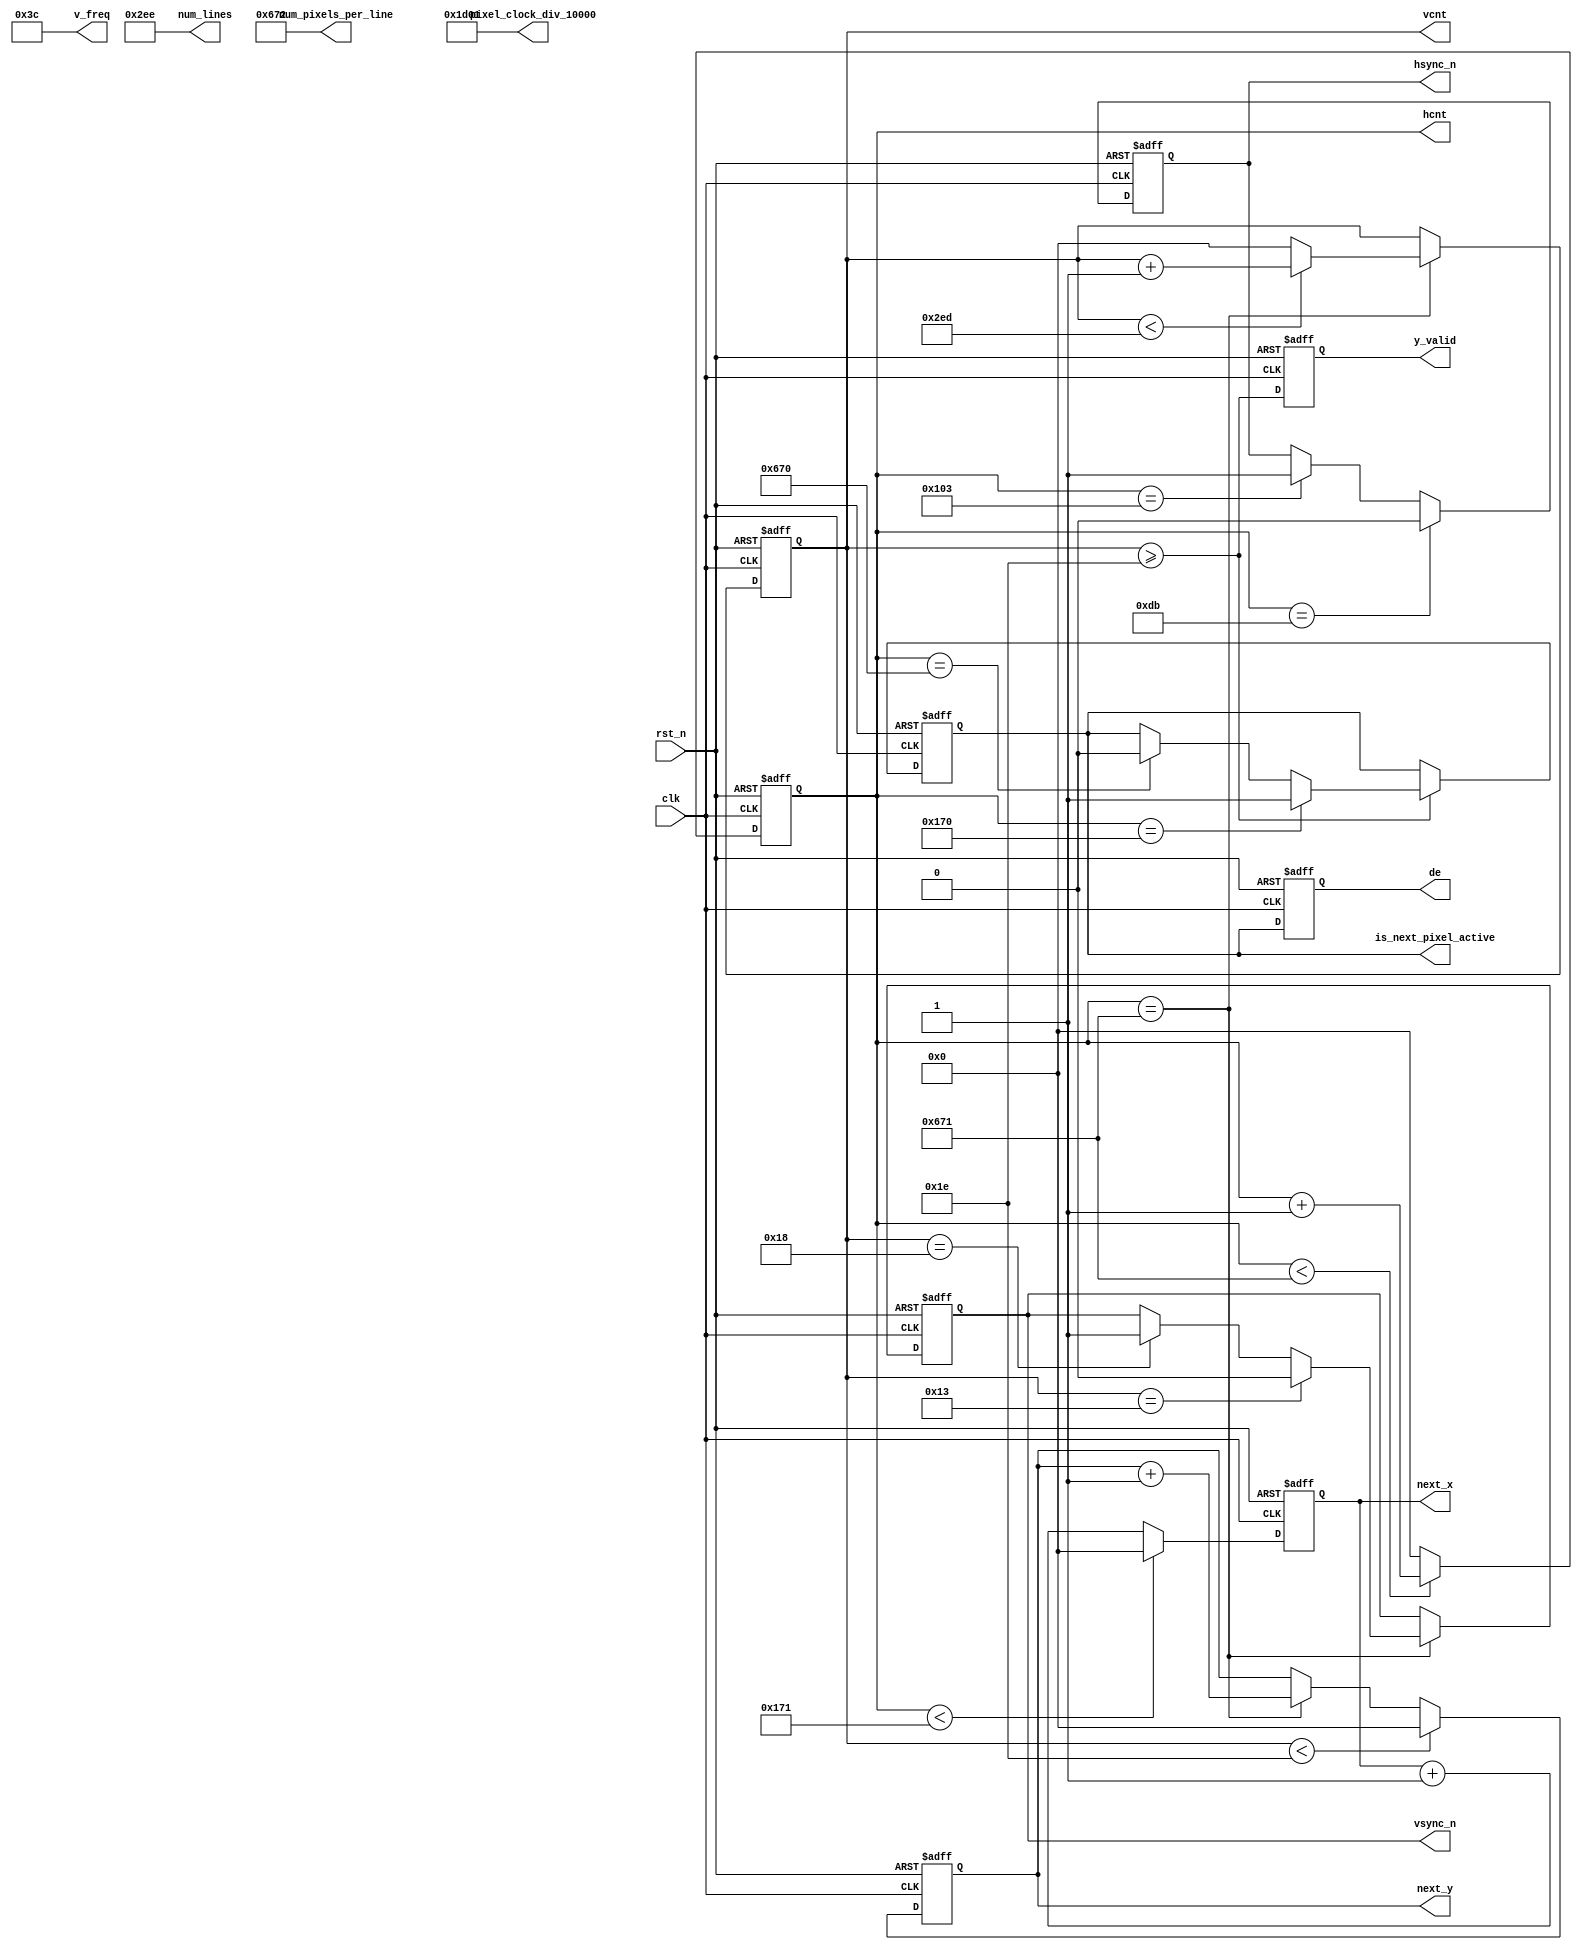
module video_ctrl(
	input        rst_n,
	input        clk,
	output reg   hsync_n,
	output reg   vsync_n,
	output reg   de,
	output reg   is_next_pixel_active,
	output reg   y_valid,
	output reg [12:0] next_x,
	output reg [12:0] next_y,
	output reg [12:0] hcnt,
	output reg [12:0] vcnt,

	output [15:0] pixel_clock_div_10000,
	output [15:0] v_freq,
	output [15:0] num_pixels_per_line,
	output [15:0] num_lines
);
`ifdef RES_1080p
//Horizontal timing constants
parameter H_FRONT		= 'd148;
parameter H_SYNC        = 'd44;
parameter H_BACK        = 'd88;
parameter H_ACT         = 'd1920;
parameter H_BLANK_END   =  H_FRONT+H_SYNC+H_BACK;
parameter H_PERIOD      =  H_FRONT+H_SYNC+H_BACK+H_ACT;
//Vertical timing constants
parameter V_FRONT       =  'd15;//'d36; 
parameter V_SYNC        =  'd5;
parameter V_BACK        = 'd2; //'d4
parameter V_ACT         = 'd1080;
parameter V_BLANK_END   =  V_FRONT+V_SYNC+V_BACK;
parameter V_PERIOD      =  V_FRONT+V_SYNC+V_BACK+V_ACT;
//parameter PIXEL_CLOCK   = 74250000;
assign pixel_clock_div_10000 = v_freq * num_pixels_per_line * num_lines / 10000;
assign v_freq = 60;
assign num_pixels_per_line = H_PERIOD;
assign num_lines = V_PERIOD;

`else
//Horizontal timing constants
parameter H_FRONT		= 'd220;
parameter H_SYNC        = 'd40;
parameter H_BACK        = 'd110;
parameter H_ACT         = 'd1280;
parameter H_BLANK_END   =  H_FRONT+H_SYNC+H_BACK;
parameter H_PERIOD      =  H_FRONT+H_SYNC+H_BACK+H_ACT;
//Vertical timing constants
parameter V_FRONT       = 'd20;
parameter V_SYNC        = 'd5;
parameter V_BACK        = 'd5;
parameter V_ACT         = 'd720;
parameter V_BLANK_END   =  V_FRONT+V_SYNC+V_BACK;
parameter V_PERIOD      =  V_FRONT+V_SYNC+V_BACK+V_ACT;
//parameter PIXEL_CLOCK   = 74250000;
assign pixel_clock_div_10000 = v_freq * num_pixels_per_line * num_lines / 10000;
assign v_freq = 60;
assign num_pixels_per_line = H_PERIOD;
assign num_lines = V_PERIOD;
`endif



//hsync_n
always @ (posedge clk or negedge rst_n)
begin
	if(!rst_n)
	begin
		hcnt <= 0;
		hsync_n <= 1;
	end
	else
	begin
		if(hcnt<H_PERIOD-1)
			hcnt <= hcnt + 1;  
		else 
			hcnt <= 0;
		if (hcnt == H_FRONT-1)
			hsync_n <= 1'b0;
		else if (hcnt == H_FRONT+H_SYNC-1)
			hsync_n <= 1'b1;
	end
end
  
 
//vsync_n
always @ (posedge clk or negedge rst_n)
begin
	if(!rst_n)
	begin
		vcnt <=  0;
		vsync_n <= 1;
	end
	else
	begin 
		if (hcnt == H_PERIOD-1)
		begin
			if(vcnt<V_PERIOD-1)
				vcnt <= vcnt + 1;  
			else 
				vcnt <= 0;
			if (vcnt == V_FRONT-1)
				vsync_n <= 1'b0;
			else if (vcnt == V_FRONT+V_SYNC-1)
				vsync_n <= 1'b1;
		end
	end
end
    
//valid h blank end = 10
//cnt 0 1 2 3 4 5 6 7 8 9, 0-8 is_next_pixel_active=0, 9 is_next_pixel_active
//=1
always @ (posedge clk or negedge rst_n)
if (!rst_n) begin
	is_next_pixel_active <= 0;
	de <= 0;
	y_valid <= 0;
end 
else begin
	if (vcnt >= V_BLANK_END) begin
		if (hcnt == H_BLANK_END - 2)
			is_next_pixel_active <= 1'b1;
		else if (hcnt == H_PERIOD - 2)
			is_next_pixel_active <= 1'b0;
	end
	y_valid <= vcnt >= V_BLANK_END;
	de <= is_next_pixel_active;
end
	
//x & y
always @ (posedge clk or negedge rst_n)
if (!rst_n) begin
	next_x <= 0;
	next_y <= 0;
end
else begin
	if (hcnt < H_BLANK_END - 1)
		next_x <= 0;
	else
		next_x <= next_x + 1'b1;
	
	if (vcnt < V_BLANK_END)
		next_y <= 0;
	else if (hcnt == H_PERIOD-1)
		next_y <= next_y + 1'b1;
end

endmodule